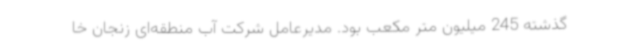
گذشته 245 میلیون متر مکعب بود. مدیرعامل شرکت آب منطقه‌ای زنجان خا